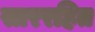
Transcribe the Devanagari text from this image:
साररहित